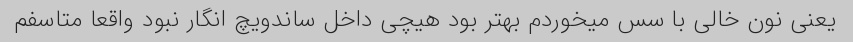
یعنی نون خالی با سس میخوردم بهتر بود هیچی داخل ساندویچ انگار نبود واقعا متاسفم